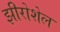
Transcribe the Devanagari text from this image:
झीरोशेल